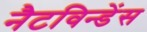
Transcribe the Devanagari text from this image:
नैटविन्डेंस